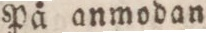
På anmodan